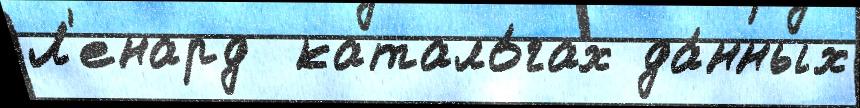
Л'енард  катало́гах да́нных